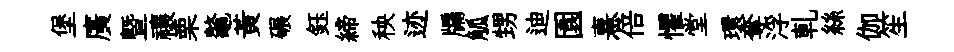
堡廣暨禳栗鼇黄碾鈺締秧迹牖觚甥迪園憙倍懼堂環奪浮軋絲伽笙